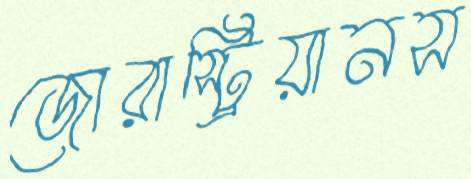
জোরাস্ট্রিয়ানস